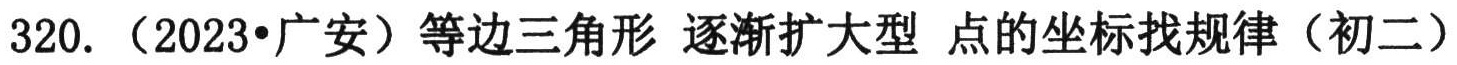
320. （2023•广安）等边三角形 逐渐扩大型 点的坐标找规律（初二）